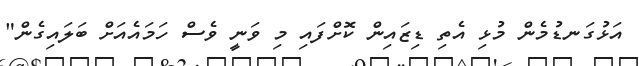
އަޅުގަނޑުމެން މުޅި އެތި ޑިޒައިން ކޮށްފައި މި ވަނީ ވެސް ހަމައެއަށް ބަލައިގެން"